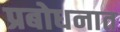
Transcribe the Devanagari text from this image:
प्रबोधनात